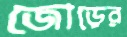
জোড়ের